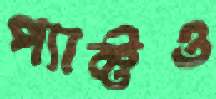
প্যাক্টও